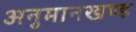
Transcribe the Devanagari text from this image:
अनुमानखण्ड